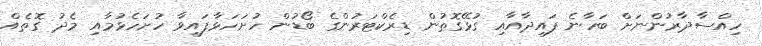
ހިއްސާދާރުންނަށް ބަހާނެ ފައިދާއާއި ގުޅޭގޮތުން ޑިރެކްޓަރުންގެ ބޯޑުން ހުށަހަޅާފައިވާ ހުށަހެޅުމާއި މެދު ގޮތެއް